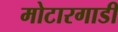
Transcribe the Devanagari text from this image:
मोटारगाडी